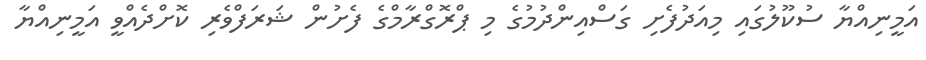
އަމީނިއްޔާ ސުކޫލުގައި މިއަދުފެށި ގަސްއިންދުމުގެ މި ޕްރޮގްރާމްގެ ފެށުން ޝަރަފްވެރި ކޮށްދެއްވީ އަމީނިއްޔާ